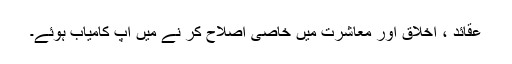
عقائد ، اخلاق اور معاشرت میں خاصی اصلاح کر نے میں آپ کامیاب ہوئے۔